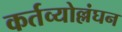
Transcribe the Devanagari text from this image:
कर्तव्योल्लंघन